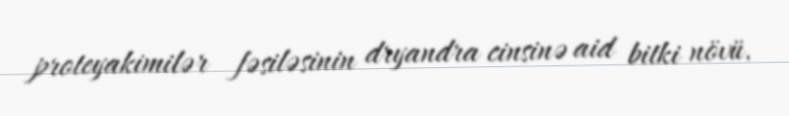
proteyakimilər fəsiləsinin dryandra cinsinə aid bitki növü.